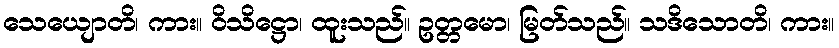
သေယျောတိ၊ ကား။ ဝိသိဋ္ဌော၊ ထူးသည်။ ဥတ္တမော၊ မြတ်သည်။ သဒိသောတိ၊ ကား။